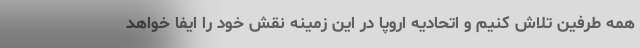
همه طرفین تلاش کنیم و اتحادیه اروپا در این زمینه نقش خود را ایفا خواهد